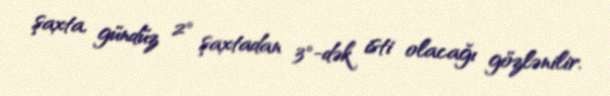
şaxta, gündüz 2° şaxtadan 3°-dək isti olacağı gözlənilir.